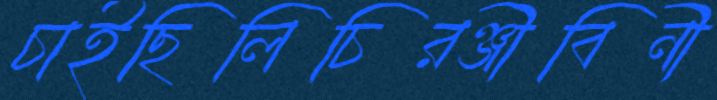
চাইছিলিচিরঞ্জীবিনী